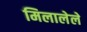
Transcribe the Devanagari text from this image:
मिलालेले